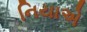
નિયાએ